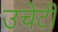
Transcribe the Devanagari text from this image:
उचेटी